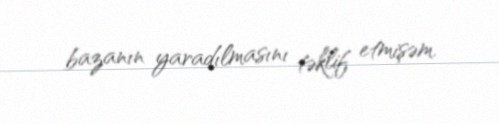
bazanın yaradılmasını təklif etmişəm.